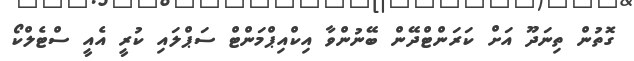
ގޮތުން ތިނަދޫ އަށް ކަރަންޓްދޭން ބޭނުންވާ އިކްއިޕްމަންޓް ސަޕްލައި ކުރީ އެއީ ސްޓެލްކޯ